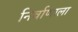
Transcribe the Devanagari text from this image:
निर्वाणाला